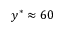
y ^ { * } \approx 6 0